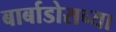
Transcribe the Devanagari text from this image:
बार्बाडोसच्या